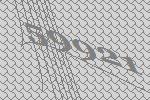
59921